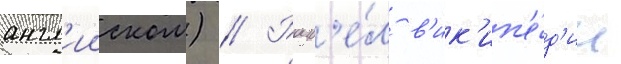
англ'ииском) // Разд'е́л в'ик'ип'е́д'ии